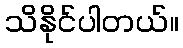
သိနိုင်ပါတယ်။